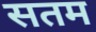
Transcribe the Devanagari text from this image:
सतम